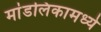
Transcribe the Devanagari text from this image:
मांडलिकामध्ये